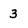
Character: 3